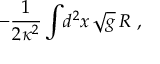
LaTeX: - { \frac { 1 } { 2 \kappa ^ { 2 } } } \int \! d ^ { 2 } x \, \sqrt g \, R \ ,